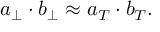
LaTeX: a _ { \perp } \cdot b _ { \perp } \approx a _ { T } \cdot b _ { T } .